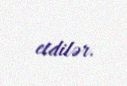
etdilər.